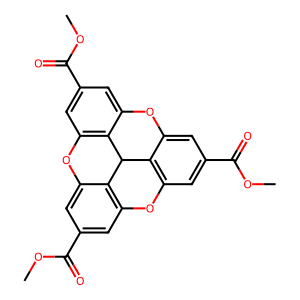
SMILES: COC(=O)c1cc2c3c(c1)Oc1cc(C(=O)OC)cc4c1C3c1c(cc(C(=O)OC)cc1O4)O2
Inhibits HIV replication: No